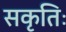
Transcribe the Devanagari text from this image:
सकृतिः